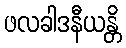
ဖလခါဒနီယန္တိ